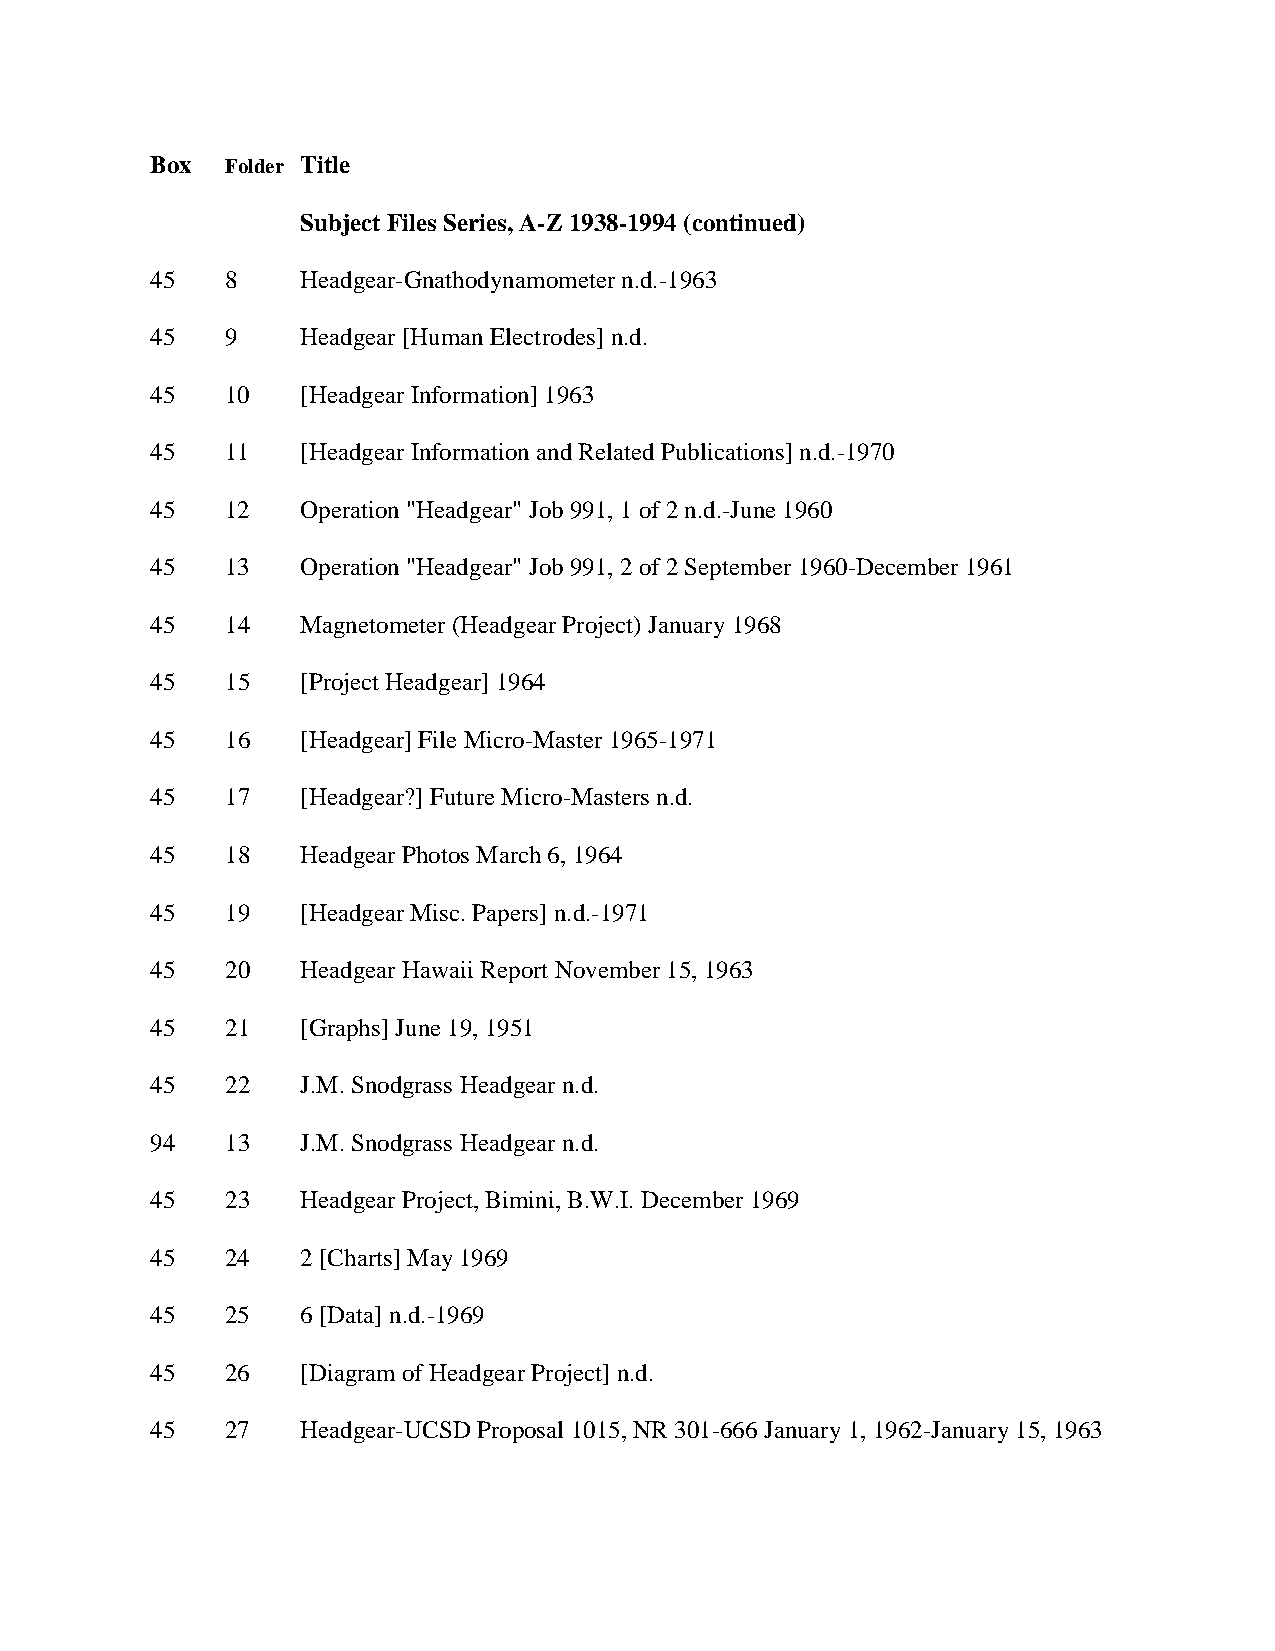
Box  Folder Title
 Subject Files Series, A-Z 1938-1994 (continued)
 45   8    Headgear-Gnathodynamometer n.d.-1963
 45   9    Headgear [Human Electrodes] n.d.
 45   10   [Headgear Information] 1963
 45   11   [Headgear Information and Related Publications] n.d.-1970
 45   12   Operation "Headgear" Job 991, 1 of 2 n.d.-June 1960
 45   13   Operation "Headgear" Job 991, 2 of 2 September 1960-December 1961
 45   14   Magnetometer (Headgear Project) January 1968
 45   15   [Project Headgear] 1964
 45   16   [Headgear] File Micro-Master 1965-1971
 45   17   [Headgear?] Future Micro-Masters n.d.
 45   18   Headgear Photos March 6, 1964
 45   19   [Headgear Misc. Papers] n.d.-1971
 45   20   Headgear Hawaii Report November 15, 1963
 45   21   [Graphs] June 19, 1951
 45   22   J.M. Snodgrass Headgear n.d.
 94   13   J.M. Snodgrass Headgear n.d.
 45   23   Headgear Project, Bimini, B.W.I. December 1969
 45   24   2 [Charts] May 1969
 45   25   6 [Data] n.d.-1969
 45   26   [Diagram of Headgear Project] n.d.
 45   27   Headgear-UCSD Proposal 1015, NR 301-666 January 1, 1962-January 15, 1963